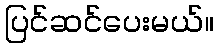
ပြင်ဆင်ပေးမယ်။